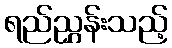
ရည်ညွှန်းသည့်